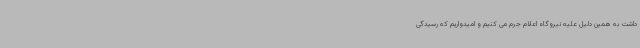
داشت به همین دلیل علیه نیروگاه اعلام جرم می کنیم و امیدواریم که رسیدگی